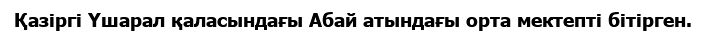
Қазіргі Үшарал қаласындағы Абай атындағы орта мектепті бітірген.